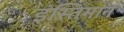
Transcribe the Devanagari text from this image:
इंस्तिमान